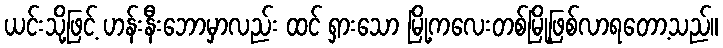
ယင်းသို့ဖြင့် ဟန်းနီးဘောမှာလည်း ထင် ရှားသော မြို့ကလေးတစ်မြို့ဖြစ်လာရတော့သည်။